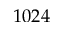
1 0 2 4